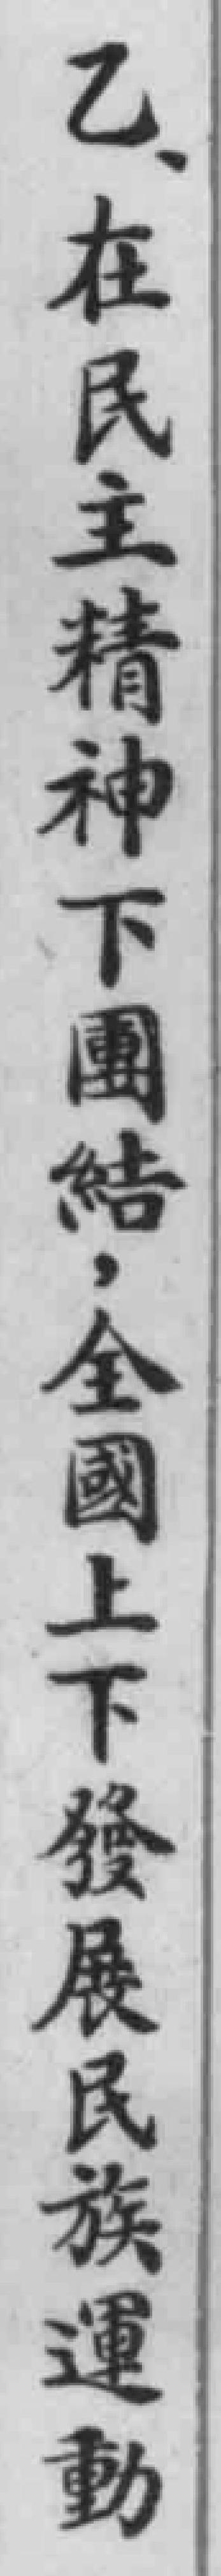
乙、在民主精神下團結，全國上下發展民族運動